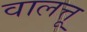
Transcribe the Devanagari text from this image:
वालत्तू